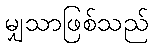
မျှသာဖြစ်သည်